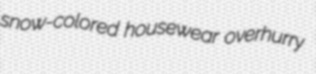
snow-colored housewear overhurry